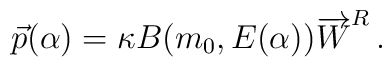
\vec{p}(\alpha) = \kappa B( m_0 ,E(\alpha)) \overrightarrow{W}^R\,.